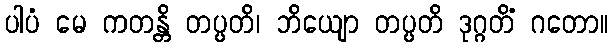
ပါပံ မေ ကတန္တိ တပ္ပတိ၊ ဘိယျော တပ္ပတိ ဒုဂ္ဂတိံ ဂတော။